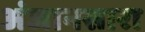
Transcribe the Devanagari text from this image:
अंजानसारा